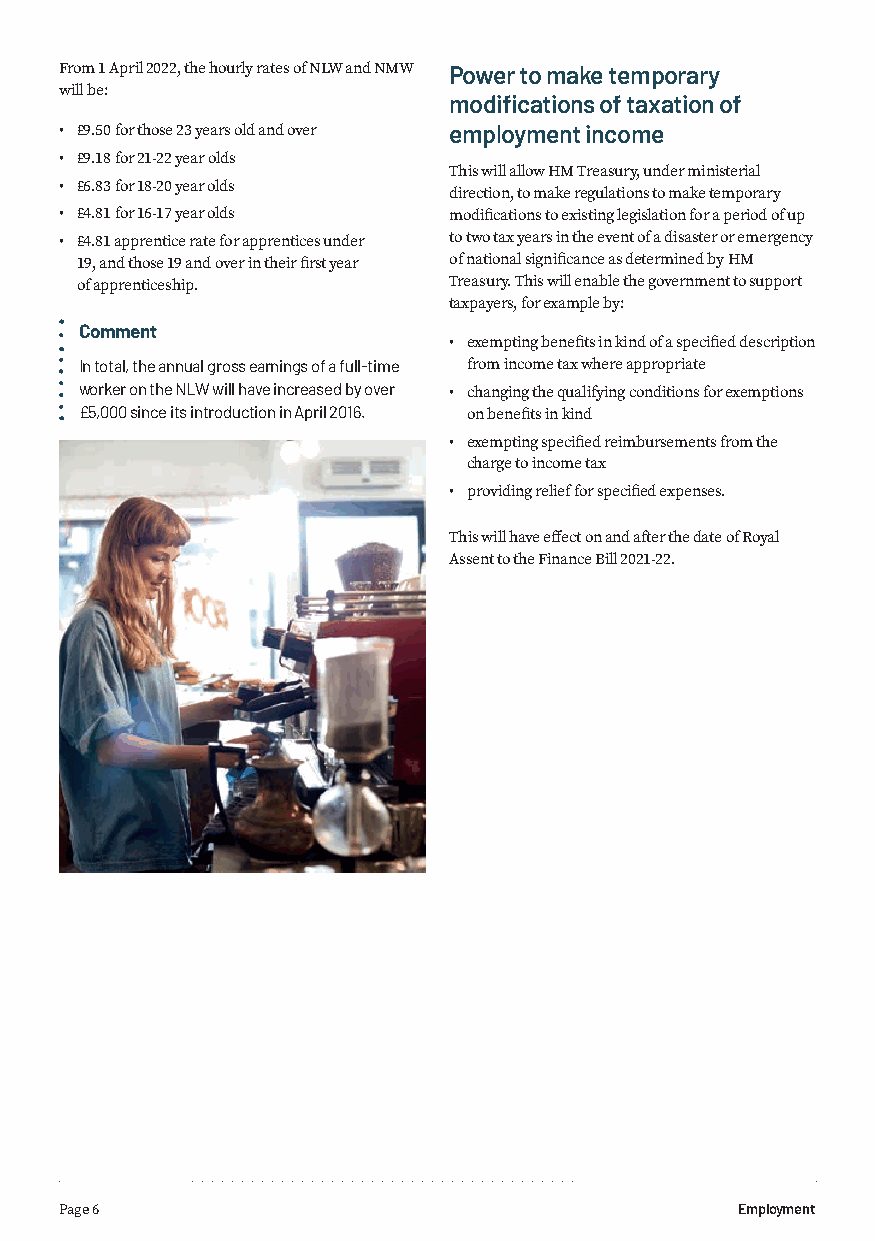
From 1 April 2022, the hourly rates of NLW and NMW Power to make temporary
 will be:
 modifications of taxation of
 • £9.50 for those 23 years old and over employment income
 • £9.18 for 21-22 year olds
 This will allow HM Treasury, under ministerial
 • £6.83 for 18-20 year olds
 direction, to make regulations to make temporary
 • £4.81 for 16-17 year olds modifications to existing legislation for a period of up
 • £4.81 apprentice rate for apprentices under to two tax years in the event of a disaster or emergency
 19, and those 19 and over in their first year of national significance as determined by HM
 of apprenticeship.       Treasury. This will enable the government to support
 taxpayers, for example by:
 Comment
 • exempting benefits in kind of a specified description
 In total, the annual gross earnings of a full-time from income tax where appropriate
 worker on the NLW will have increased by over • changing the qualifying conditions for exemptions
 £5,000 since its introduction in April 2016. on benefits in kind
 • exempting specified reimbursements from the
 charge to income tax
 • providing relief for specified expenses.
 This will have effect on and after the date of Royal
 Assent to the Finance Bill 2021-22.
 Page 6                                       Employment